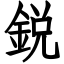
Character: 鋭